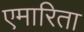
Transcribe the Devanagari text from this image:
एमारिता